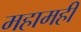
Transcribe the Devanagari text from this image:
महामही